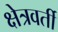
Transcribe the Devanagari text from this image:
क्षेत्रवर्ती